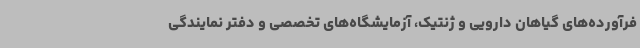
فرآورده‌های گیاهان دارویی و ژنتیک، آزمایشگاه‌های تخصصی و دفتر نمایندگی